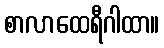
စာလာထေရီဂါထာ။